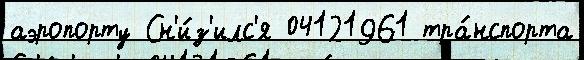
аэропорту Сн'и́з'илс'я 04121961 тра́нспорта